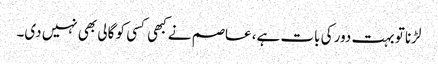
لڑنا تو بہت دور کی بات ہے، عاصم نے کبھی کسی کو گالی بھی نہیں دی۔